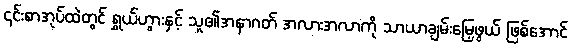
၎င်းစာအုပ်ထဲတွင် ရွှယ်ဟွားနှင့် သူ၏အနာဂတ် အလားအလာကို သာယာချမ်းမြေ့ဖွယ် ဖြစ်အောင်